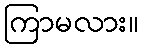
ကြာမလား။